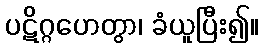
ပဋိဂ္ဂဟေတွာ၊ ခံယူပြီး၍။